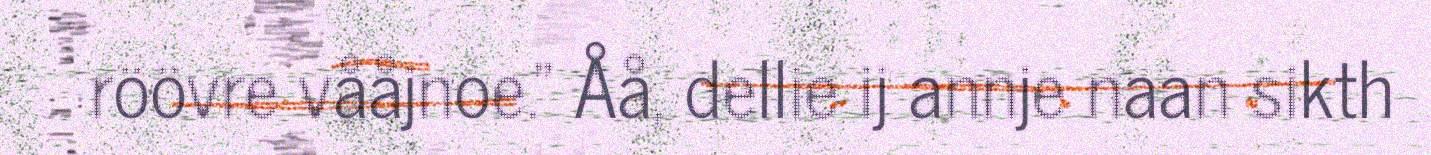
röövre vååjnoe." Åå, dellie ij annje naan sikth